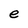
Character: e